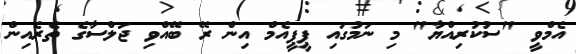
އެމްވީ "ސުކުރިއްޔާ" މި ނަމުގައި ޕީޕީއެމް އިން ރޭ ބޭއްވި ޖަލްސާގެ ތެރެއިން